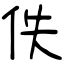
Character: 佚